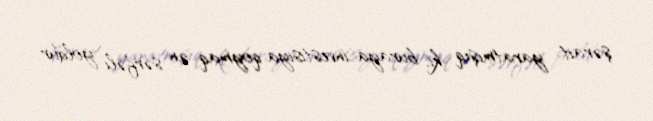
şərait yaratmışıq ki, buraya investisiya qoymaq ən sərfəli yoldur.